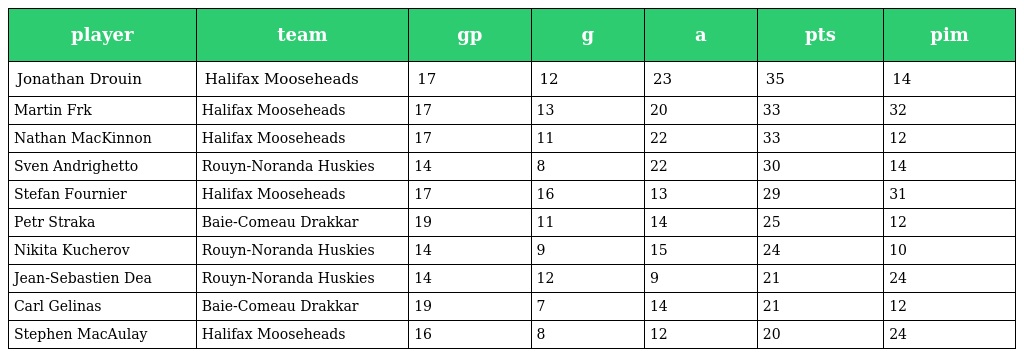
| player | team | gp | g | a | pts | pim |
 | --- | --- | --- | --- | --- | --- | --- |
 | Jonathan Drouin | Halifax Mooseheads | 17 | 12 | 23 | 35 | 14 |
 | Martin Frk | Halifax Mooseheads | 17 | 13 | 20 | 33 | 32 |
 | Nathan MacKinnon | Halifax Mooseheads | 17 | 11 | 22 | 33 | 12 |
 | Sven Andrighetto | Rouyn-Noranda Huskies | 14 | 8 | 22 | 30 | 14 |
 | Stefan Fournier | Halifax Mooseheads | 17 | 16 | 13 | 29 | 31 |
 | Petr Straka | Baie-Comeau Drakkar | 19 | 11 | 14 | 25 | 12 |
 | Nikita Kucherov | Rouyn-Noranda Huskies | 14 | 9 | 15 | 24 | 10 |
 | Jean-Sebastien Dea | Rouyn-Noranda Huskies | 14 | 12 | 9 | 21 | 24 |
 | Carl Gelinas | Baie-Comeau Drakkar | 19 | 7 | 14 | 21 | 12 |
 | Stephen MacAulay | Halifax Mooseheads | 16 | 8 | 12 | 20 | 24 |